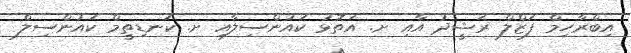
އިބްރާހިމް ފަޒްލް ރަޝީދު އާއި ށ. އަތޮޅު ކައުންސިލާއި ށ. ކަނޑިތީމް ކައުންސިލް